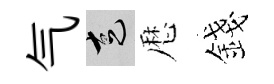
气走厯錢